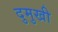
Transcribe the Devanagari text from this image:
दुमुखी